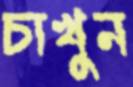
চাখুন